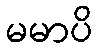
မမာပိ